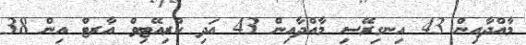
މާއްދާއިން 43 އިނގިރޭސި މާއްދާއިން 43 އަދި ކްރިއޭޓިވް އާރޓް އިން 38